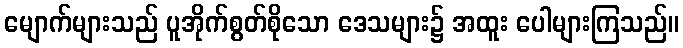
မျောက်များသည် ပူအိုက်စွတ်စိုသော ဒေသများ၌ အထူး ပေါများကြသည်။